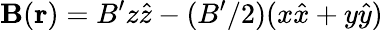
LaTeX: \mathbf{B}(\mathbf{r})=B^{\prime}z\hat{z}-(B^{\prime}/2)(x\hat{x}+y\hat{y})